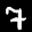
Label: 7